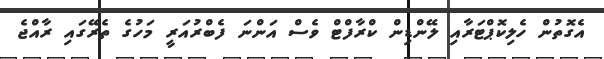
އެގޮތުން ހެލިކޮޕްޓަރާއި ލޭންޑިން ކްރާފްޓް ވެސް އަންނަ ފެބްރުއަރީ މަހުގެ ތެރޭގައި ރާއްޖެ